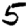
Digit: 5